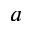
a